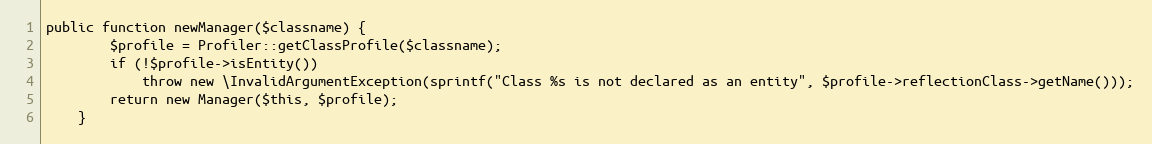
Language: PHP
public function newManager($classname) {
		$profile = Profiler::getClassProfile($classname);
		if (!$profile->isEntity())
			throw new \InvalidArgumentException(sprintf("Class %s is not declared as an entity", $profile->reflectionClass->getName()));
		return new Manager($this, $profile);
	}